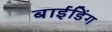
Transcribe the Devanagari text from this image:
बाईंडिंग